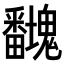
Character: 𭻻